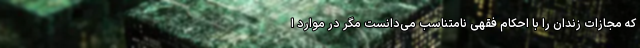
که مجازات زندان را با احکام فقهی نامتناسب می‌دانست مگر در موارد ا